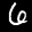
Label: 6